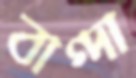
বাগ্‌দা